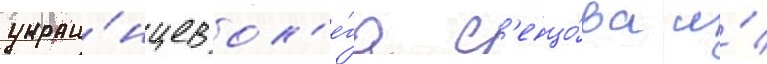
украи́нцев ол'е́га с'енцо́ва и́